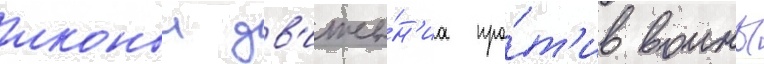
иконои дв'иже́н'иа про́т'ив воины